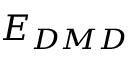
E _ { D M D }